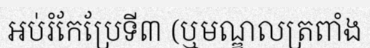
អប់រំកែប្រែទី៣ (ឬមណ្ឌលត្រពាំង